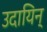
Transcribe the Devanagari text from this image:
उदायिन्